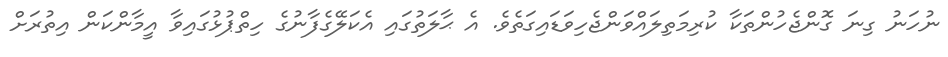
ނުހަނު ގިނަ ގޮންޖެހުންތަކާ ކުރިމަތިލައްވަންޖެހިވަޑައިގަތެވެ. އެ ޙާލަތުގައި އެކަލޭގެފާނުގެ ހިތްޕުޅުގައިވާ އީމާންކަން އިތުރަށް